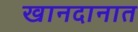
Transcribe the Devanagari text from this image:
खानदानात